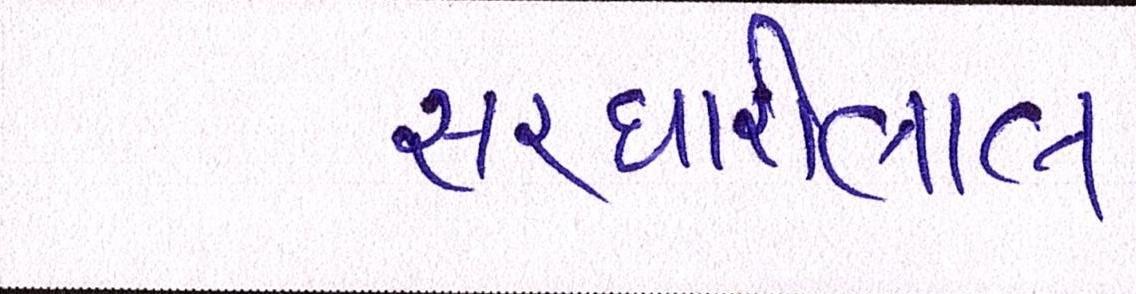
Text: સરધારીલાલ